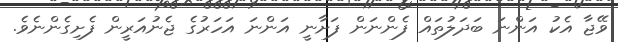
ވޭޖާ އެކު އަންނަ ބަދަލުތައް ފެންނަން ފަށާނީ އަންނަ އަހަރުގެ ޖެނުއަރީން ފެށިގެންނެވެ.